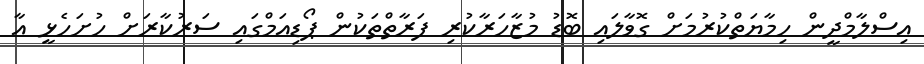
އިސްލާމްދީން ހިމާޔަތްކުރުމަށް ގޮވާލައި ބޮޑު މުޒާހަރާކުރި ފަރާތްތަކުން ޕޯޑިއަމްގައި ސަރުކާރަށް ހުށަހެޅީ އާ